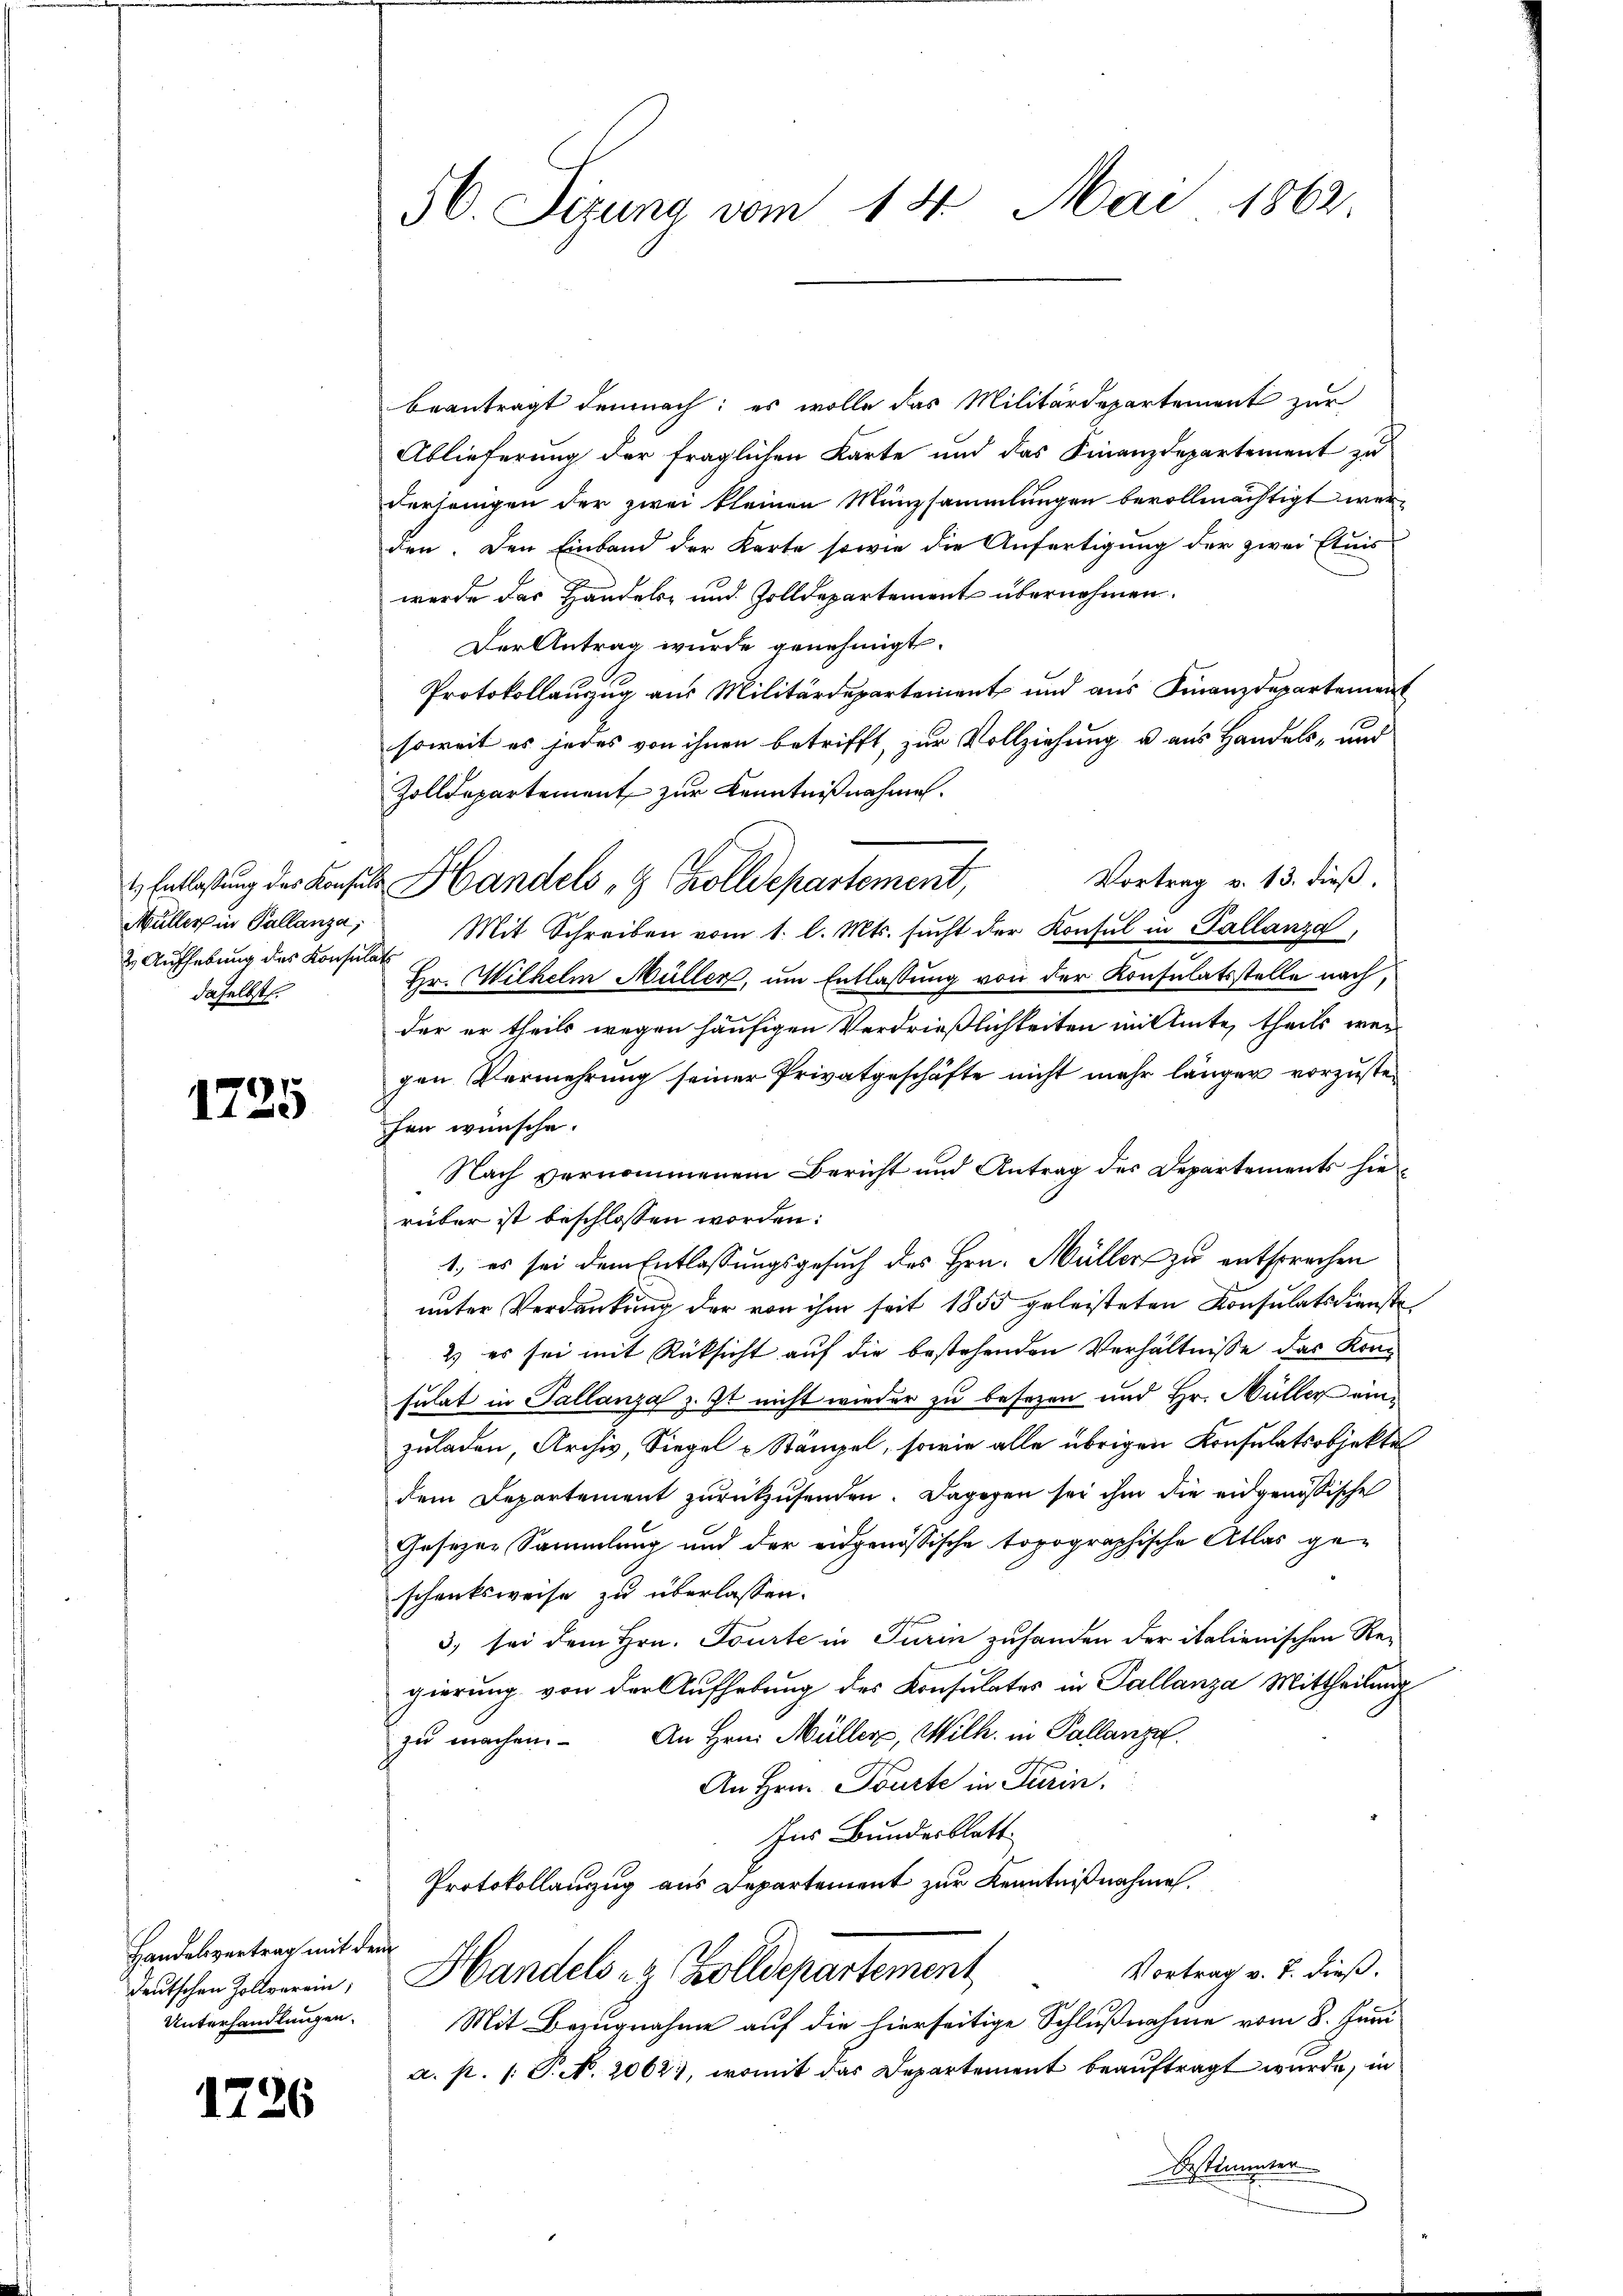
Müller in Pallanza,
2. Aufhebung des Konsulat
daselbst.

1725

Handelsvertrag mit dem
deutschen Zollverein;
Unterhandlungen.

1726

56. Sizung vom 14. Mai 1862

beantragt demnach; es wolle das Militärdepartement zur
Ablieferung der fraglichen Karte und das Finanzdepartement zu
derjenigen der zwei kleinen Münzsammlungen bevollmächtigt werden. Den Einband der Karte sowie die Anfertigung der zwei Etuis
wurde das Handels- und Zolldepartement übernehmen.
Der Antrag wurde genehmigt.
Protokollauszug aus Militärdepartement und aus Finanzdepartement
soweit es jedes von ihnen betrifft, zur Vollziehung u. aus Handels- und
Zolldepartement zur Kenntnißnahmen.
Vortrag v. 13. dieß,
Mit Schreiben vom 1. l. Mts. sŭcht der Konsul in Pallanza,
Hr. Wilhelm Müller, um Entlassung von der Konsulatsstelle nach,
der er theils wegen häufigen Verdrießlichkeiten mitte, theils weg
gen Vermehrung seiner Privatgeschäfte nicht mehr länger vorzustefen wünsche.
Nach vernommenem Bericht und Antrag des Departements hierüber ist beschlossen worden:
1., es sei dem Entlassungsgesuch des Hrn. Müller zu entsprechen
unter Verdankung der von ihm seit 1855 geleisteten Konsulatsdienste
2) es sei mit Rücksicht auf die bestehenden Verhältnisse das Konsulat in Tallanza z. Zt nicht wieder zu besezen und Hr. Müller einzuladen, Archiv, Siegel u Stämpel, sowie alle übrigen Konsulatsobjekte
dem Departement zurückzusenden. Dagegen sei ihm die eidgenössische
Gesezen Sammlung und der eidgenössische topographische Atlas geschenksweise zu überlassen.
3. sei dem Hrn. Tourte in Turin zuhanden der italienischen Regierung von der Aufhebung des Konsulates in Pallanza Mittheilung
zŭ machen. An Hrn. Müller, Wilh. in Pallanze
An Hrn. Tourte in Turin.
Ins Bundesblatt
Protokollanzug aus Departement zur Kenntnißnahme.
Vortrag v. 7. dieß.
Handels ez Zolldepartement
Mit Bezugnahme auf die hierseitige Schlußnahme vom 8. Juni
a. p. 1. P. N. 2062), womit das Departement beauftragt wurde, in
Bestimmter.

Entlaßung der Konsuls Handels 8 Zolldepartement,